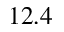
1 2 . 4